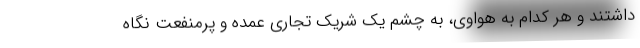
داشتند و هر کدام به هواوی، به چشم یک شریک تجاری عمده و پرمنفعت نگاه